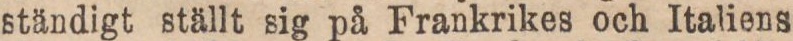
ständigt ställt sig på Frankrikes och Italiens